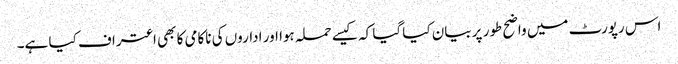
اس رپورٹ میں واضح طور پر بیان کیا گیا کہ کیسے حملہ ہوا اور اداروں کی ناکامی کا بھی اعتراف کیا ہے۔